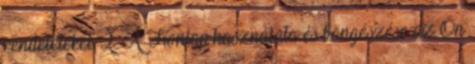
rendeleteket. 2. A Honlap használata és böngészése az Ön